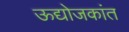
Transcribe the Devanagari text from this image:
ऊद्योजकांत